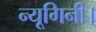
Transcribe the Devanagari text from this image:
न्यूगिनी।